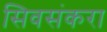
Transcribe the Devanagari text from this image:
सिवसंकरा